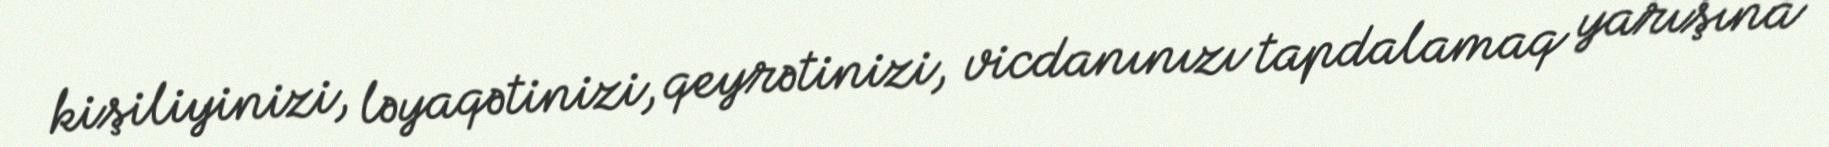
kişiliyinizi, ləyaqətinizi, qeyrətinizi, vicdanınızı tapdalamaq yarışına